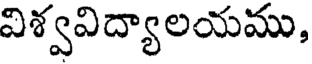
విశ్వవిద్యాలయము,